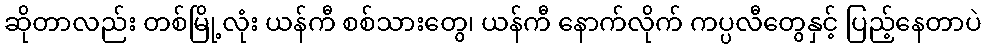
ဆိုတာလည်း တစ်မြို့လုံး ယန်ကီ စစ်သားတွေ၊ ယန်ကီ နောက်လိုက် ကပ္ပလီတွေနှင့် ပြည့်နေတာပဲ